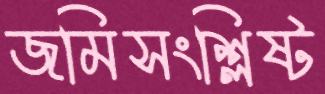
জমিসংশ্লিষ্ট